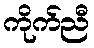
ကိုက်ညီ